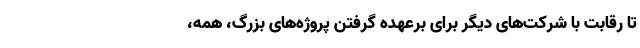
تا رقابت با شرکت‌های دیگر برای برعهده ‌گرفتن پروژه‌های بزرگ، همه،